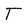
Character: T